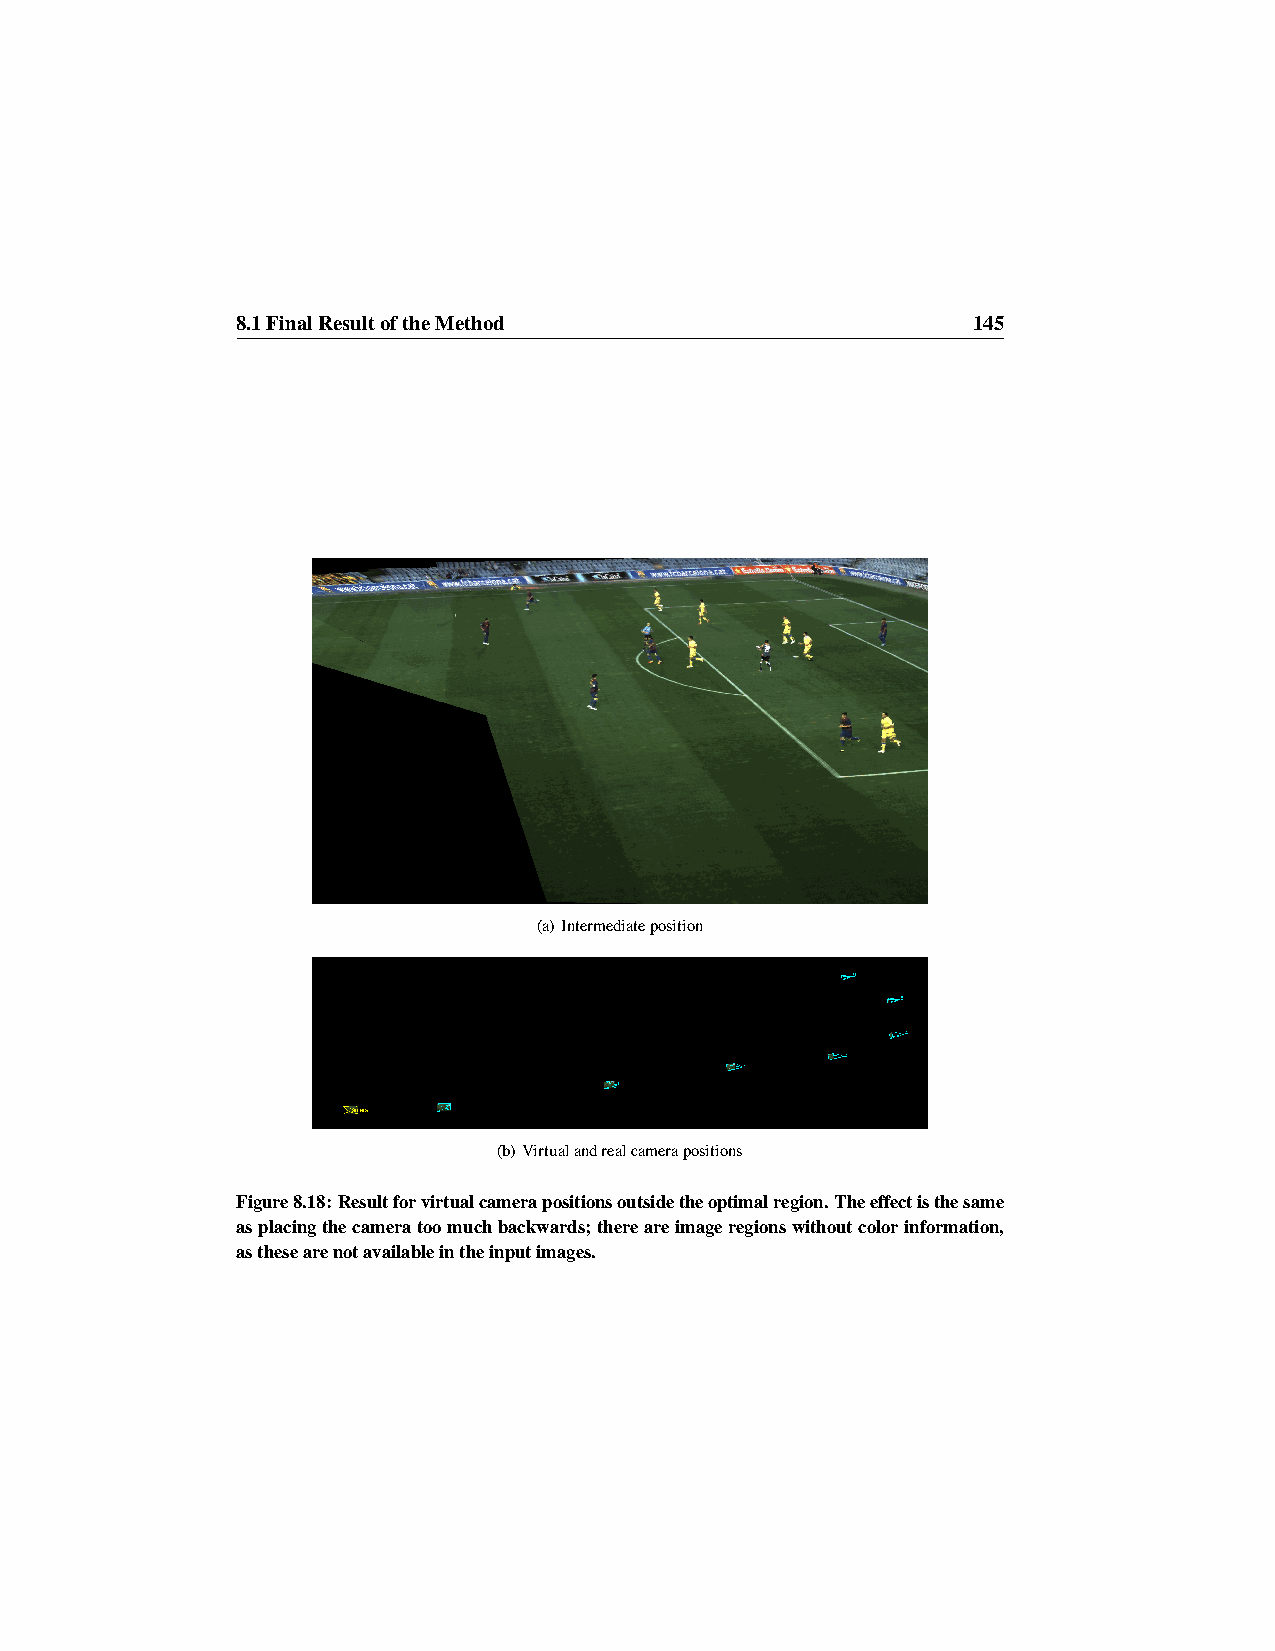
8.1FinalResultoftheMethod                       145
 (a) Intermediateposition
 (b) Virtualandrealcamerapositions
 Figure8.18:Resultforvirtualcamerapositionsoutsidetheoptimalregion.Theeffectisthesame
 asplacingthecameratoomuchbackwards;thereareimageregionswithoutcolorinformation,
 asthesearenotavailableintheinputimages.